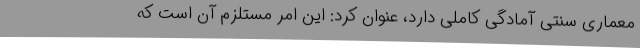
معماری سنتی آمادگی کاملی دارد، عنوان کرد: این امر مستلزم آن است که